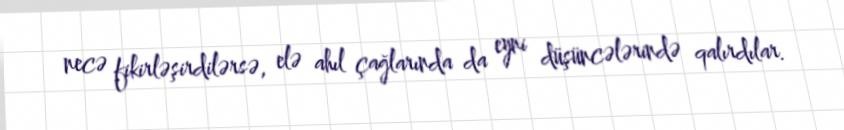
necə fikirləşirdilərsə, elə ahıl çağlarında da eyni düşüncələrində qalırdılar.